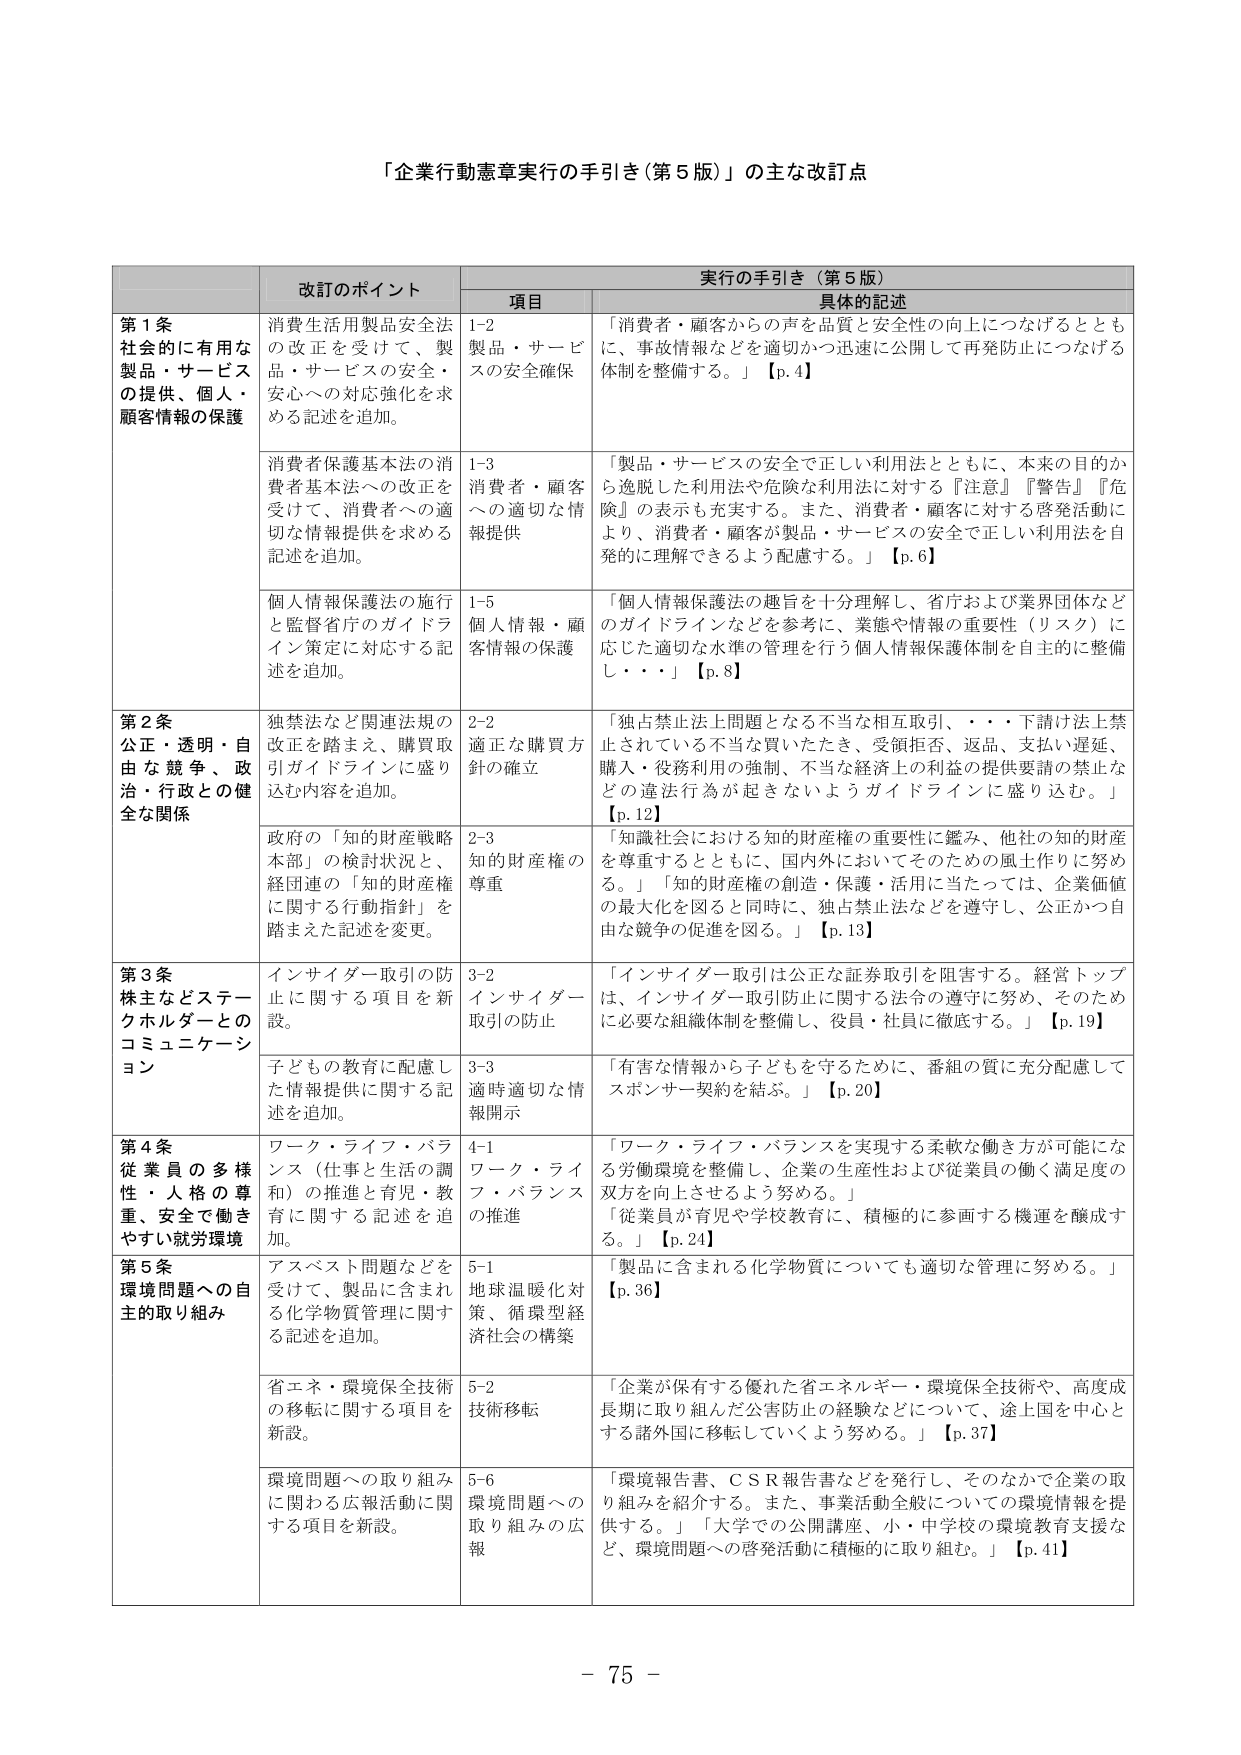
「企業行動憲章実行の手引き（第5版）」の主な改訂点

改訂のポイント 実行の手引き（第5版）
項目 具体的記述

第1条
社会的に有用な
製品・サービス
の提供、個人・
顧客情報の保護
消費生活用製品安全法
の改正を受け、製
品・サービスの安全・
安心への対応強化を求
める記述を追加。
1-2
製品・サービ
スの安全確保
「消費者・顧客からの声を品質と安全性の向上につなげるととも
に、事故情報などを適切かつ迅速に公開して再発防止につなげる
体制を整備する。」【p.4】

消費者保護基本法の消
費者基本法への改正を
受けて、消費者への適
切な情報提供を求める
記述を追加。
1-3
消費者・顧客
への適切な情
報提供
「製品・サービスの安全で正しい利用法とともに、本来の目的か
ら逸脱した利用法や危険な利用法に対する『注意』『警告』『危
険』の表示も充実する。また、消費者・顧客に対する啓発活動に
より、消費者・顧客が製品・サービスの安全で正しい利用法を自
発的に理解できるよう配慮する。」【p.6】

個人情報保護法の施行
と監督省庁のガイドラ
イン策定に対応する記
述を追加。
1-5
個人情報・顧
客情報の保護
「個人情報保護法の趣旨を十分理解し、省庁および業界団体など
のガイドラインなどを参考に、業態や情報の重要性（リスク）に
応じた適切な水準の管理を行う個人情報保護体制を自主的に整備
し・・・」【p.8】

第2条
公正・透明・自
由な競争、政
治・行政との健
全な関係
独禁法など関連法規の
改正を踏まえ、購買取
引ガイドラインに盛り
込む内容を追加。
2-2
適正な購買方
針の確立
「独占禁止法上問題となる不当な相互取引、・・・下請け法上禁
止されている不当な買いたたき、受領拒否、返品、支払い遅延、
購入・役務利用の強制、不当な経済上の利益の提供要請の禁止な
どの違法行為が起きないようガイドラインに盛り込む。」
【p.12】

政府の「知的財産戦略
本部」の検討状況と、
経団連の「知的財産権
に関する行動指針」を
踏まえた記述を変更。
2-3
知的財産権の
尊重
「知識社会における知的財産権の重要性に鑑み、他社の知的財産
を尊重するとともに、国内外においてそのための風土作りに努め
る。」「知的財産権の創造・保護・活用に当たっては、企業価値
の最大化を図ると同時に、独占禁止法などを遵守し、公正かつ自
由な競争の促進を図る。」【p.13】

第3条
株主などステー
クホルダーとの
コミュニケーション
インサイダー取引の防
止に関する項目を新
設。
3-2
インサイダー
取引の防止
「インサイダー取引は公正な証券取引を阻害する。経営トップ
は、インサイダー取引防止に関する法令の遵守に努め、そのため
に必要な組織体制を整備し、役員・社員に徹底する。」【p.19】

子どもの教育に配慮し
た情報提供に関する記
述を追加。
3-3
適時適切な情
報開示
「有害な情報から子どもを守るために、番組の質に充分配慮して
スポンサー契約を結ぶ。」【p.20】

第4条
従業員の多様
性・人格の尊
重、安全で働き
やすい就労環境
ワーク・ライフ・バラ
ンス（仕事と生活の調
和）の推進と育児・教
育に関する記述を追
加。
4-1
ワーク・ライ
フ・バランス
の推進
「ワーク・ライフ・バランスを実現する柔軟な働き方が可能にな
る労働環境を整備し、企業の生産性および従業員の働く満足度の
双方を向上させるよう努める。」
「従業員が育児や学校教育に、積極的に参画する機運を醸成す
る。」【p.24】

第5条
環境問題への自
主的取り組み
アスベスト問題などを
受けて、製品に含まれ
る化学物質管理に関す
る記述を追加。
5-1
地球温暖化対
策、循環型経
済社会の構築
「製品に含まれる化学物質についても適切な管理に努める。」
【p.36】

省エネ・環境保全技術
の移転に関する項目を
新設。
5-2
技術移転
「企業が保有する優れた省エネルギー・環境保全技術や、高度成
長期に取り組んだ公害防止の経験などについて、途上国を中心と
する諸外国に移転していくよう努める。」【p.37】

環境問題への取り組み
に関わる広報活動に関
する項目を新設。
5-6
環境問題への
取り組みの広
報
「環境報告書、CSR報告書などを発行し、そのなかで企業の取
り組みを紹介する。また、事業活動全般についての環境情報を提
供する。」「大学での公開講座、小・中学校の環境教育支援な
ど、環境問題への啓発活動に積極的に取り組む。」【p.41】

- 75 -